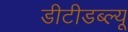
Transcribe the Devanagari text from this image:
डीटीडब्ल्यू